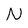
Character: N